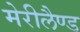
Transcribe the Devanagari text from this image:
मेरीलैण्ड